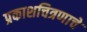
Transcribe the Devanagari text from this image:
प्रकाशचित्रणाचे